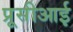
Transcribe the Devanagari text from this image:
प्रूसीआई